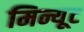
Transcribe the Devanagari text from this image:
मिन्यूट